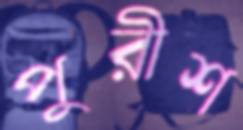
পুরীশ